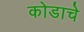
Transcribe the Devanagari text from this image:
कोडाचे